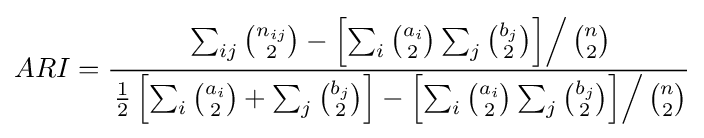
ARI={\frac {\left.\sum _{ij}{\binom {n_{ij}}{2}}-\left[\sum _{i}{\binom {a_{i}}{2}}\sum _{j}{\binom {b_{j}}{2}}\right]\right/{\binom {n}{2}}}{\left.{\frac {1}{2}}\left[\sum _{i}{\binom {a_{i}}{2}}+\sum _{j}{\binom {b_{j}}{2}}\right]-\left[\sum _{i}{\binom {a_{i}}{2}}\sum _{j}{\binom {b_{j}}{2}}\right]\right/{\binom {n}{2}}}}